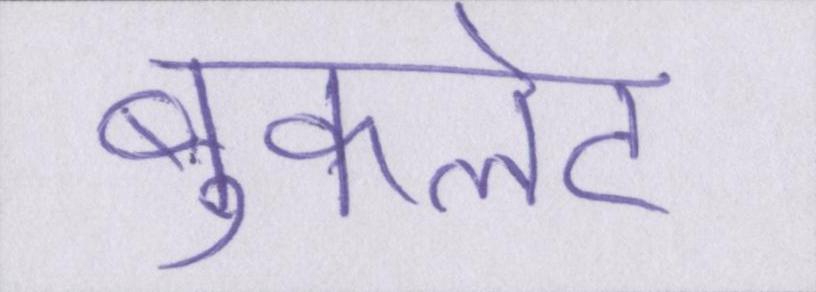
बुकलेट